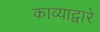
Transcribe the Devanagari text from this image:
काव्याद्वारे